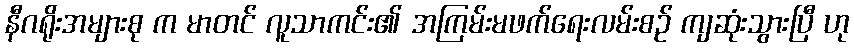
နီဂရိုးအများစု က မာတင် လူသာကင်း၏ အကြမ်းမဖက်ရေးလမ်းစဉ် ကျဆုံးသွားပြီ ဟု